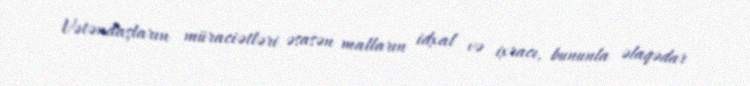
Vətəndaşların müraciətləri əsasən malların idxal və ixracı, bununla əlaqədar